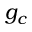
g _ { c }